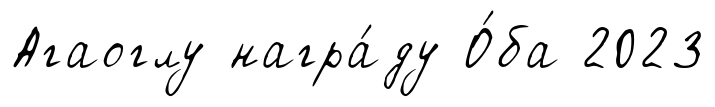
Агаоглу награ́ду О́ба 2023